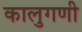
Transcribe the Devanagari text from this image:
कालुगणी